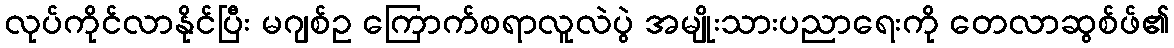
လုပ်ကိုင်လာနိုင်ပြီး မဂျစ်ဥ ကြောက်စရာလူလဲပွဲ အမျိုးသားပညာရေးကို တေလာဆွစ်ဖ်၏